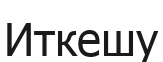
Иткешу